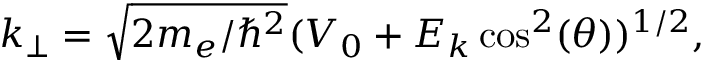
k _ { \perp } = \sqrt { 2 m _ { e } / \hbar ^ { 2 } } ( V _ { 0 } + E _ { k } \cos ^ { 2 } ( \theta ) ) ^ { 1 / 2 } ,